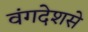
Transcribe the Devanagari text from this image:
वंगदेशसे